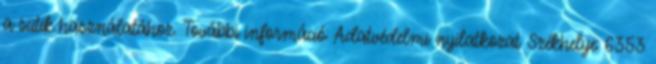
a sütik használatához. További információ: Adatvédelmi nyilatkozat Székhelye: 6353